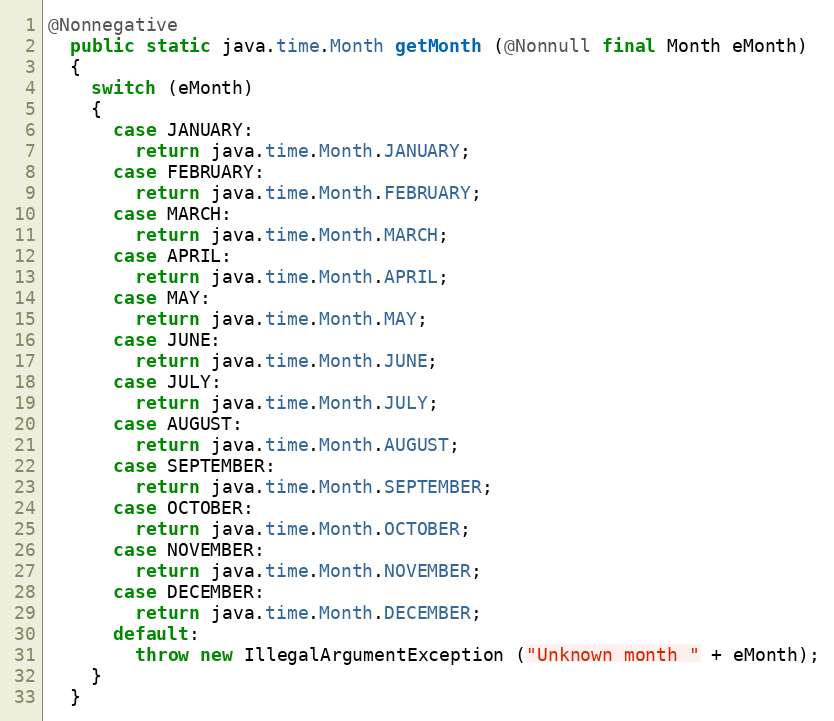
Language: Java
@Nonnegative
  public static java.time.Month getMonth (@Nonnull final Month eMonth)
  {
    switch (eMonth)
    {
      case JANUARY:
        return java.time.Month.JANUARY;
      case FEBRUARY:
        return java.time.Month.FEBRUARY;
      case MARCH:
        return java.time.Month.MARCH;
      case APRIL:
        return java.time.Month.APRIL;
      case MAY:
        return java.time.Month.MAY;
      case JUNE:
        return java.time.Month.JUNE;
      case JULY:
        return java.time.Month.JULY;
      case AUGUST:
        return java.time.Month.AUGUST;
      case SEPTEMBER:
        return java.time.Month.SEPTEMBER;
      case OCTOBER:
        return java.time.Month.OCTOBER;
      case NOVEMBER:
        return java.time.Month.NOVEMBER;
      case DECEMBER:
        return java.time.Month.DECEMBER;
      default:
        throw new IllegalArgumentException ("Unknown month " + eMonth);
    }
  }